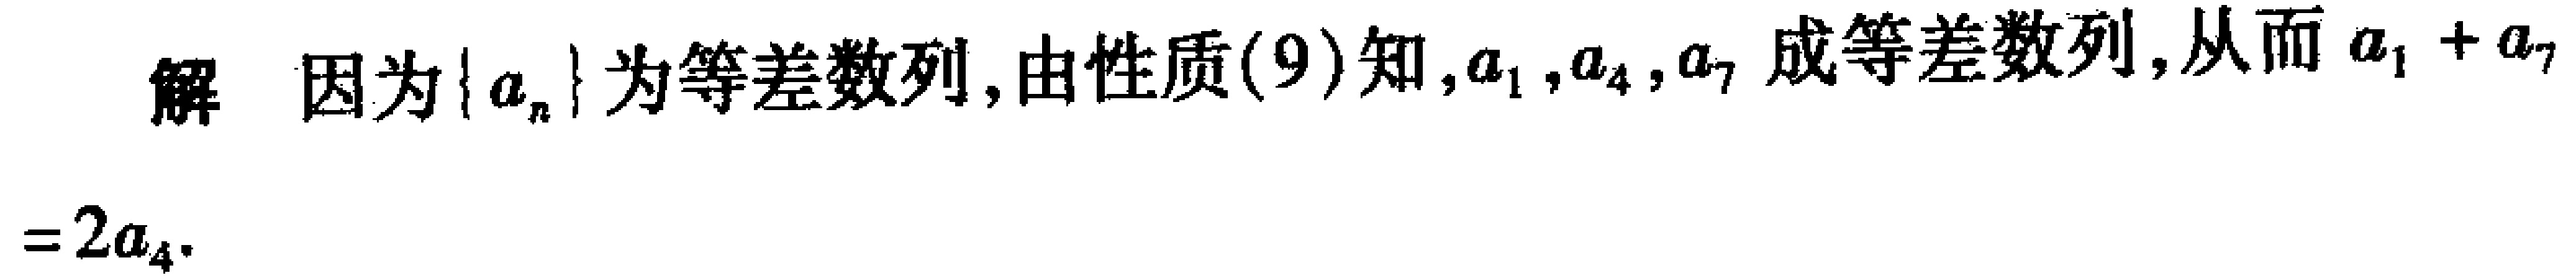
解 因为\(\{ a_{n}\}\)为等差数列, 由性质\((9)\)知, \(a_{1},a_{4},a_{7}\)成等差数列, 从而\(a_{1}+a_{7}=2a_{4}\).